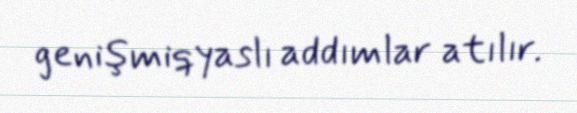
genişmiqyaslı addımlar atılır.